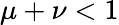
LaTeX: \mu+\nu<1